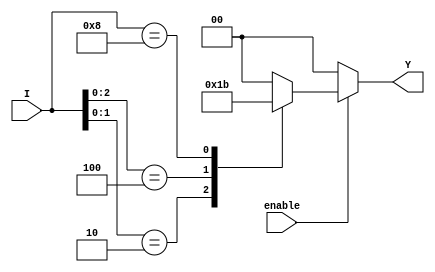
module encoder_4to2 (
    input [3:0] I,   // 4 input lines
    input enable,    // Enable signal
    output reg [1:0] Y // 2 output lines
);

    always @(*) begin
        if (!enable) begin
            Y = 2'b00;  // When disabled, output is set to 00
        end else begin
            casez (I) // Use casez to consider don't care conditions (inactive inputs)
                4'bzzz1: Y = 2'b00; // I0 active
                4'bzz10: Y = 2'b01; // I1 active
                4'bz100: Y = 2'b10; // I2 active
                4'b1000: Y = 2'b11; // I3 active
                default: Y = 2'b00;  // Default case (no active inputs)
            endcase
        end
    end
endmodule